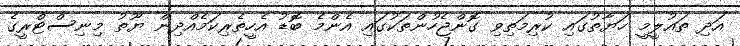
އަދި ތައުލީމީ ހަޔާތުގައި ކުރިމަތިވި ގޮންޖެހުންތަކުގައި އެންމެ ބޮޑު އެހީތެރިކަމެއްދިން ޔޫތު މިނިސްޓްރީގެ